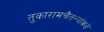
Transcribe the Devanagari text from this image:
तुकारामचैतन्यांकडे